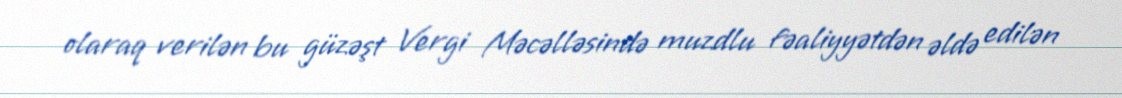
olaraq verilən bu güzəşt Vergi Məcəlləsində muzdlu fəaliyyətdən əldə edilən